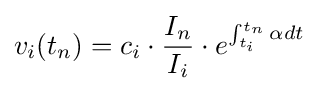
v_{i}(t_{n})=c_{i}\cdot {\frac {I_{n}}{I_{i}}}\cdot e^{\int _{t_{i}}^{t_{n}}{\alpha dt}}